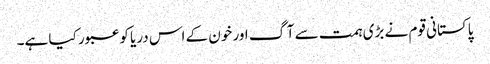
پاکستانی قوم نے بڑی ہمت سے آگ اور خون کے اس دریا کو عبور کیا ہے۔